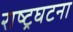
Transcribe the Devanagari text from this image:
राष्ट्रघटना